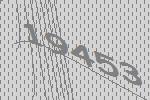
19453